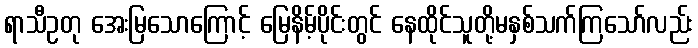
ရာသီဥတု အေးမြသောကြောင့် မြေနိမ့်ပိုင်းတွင် နေထိုင်သူတို့မနှစ်သက်ကြသော်လည်း